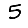
Digit: 5